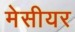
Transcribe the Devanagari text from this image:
मेसीयर